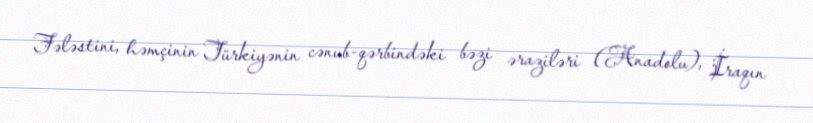
Fələstini, həmçinin Türkiyənin cənub-qərbindəki bəzi əraziləri (Anadolu), İraqın